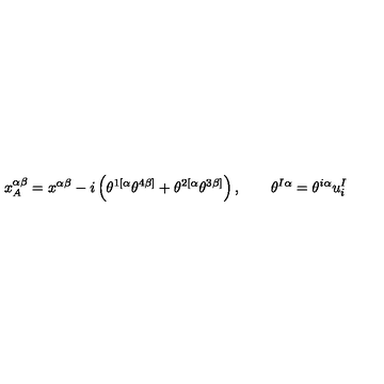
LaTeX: x _ { A } ^ { \alpha \beta } = x ^ { \alpha \beta } - i \left( \theta ^ { 1 [ \alpha } \theta ^ { 4 \beta ] } + \theta ^ { 2 [ \alpha } \theta ^ { 3 \beta ] } \right) , \qquad \theta ^ { I \alpha } = \theta ^ { i \alpha } u _ { i } ^ { I }